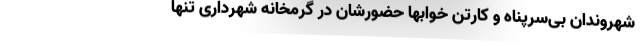
شهروندان بی‌سرپناه و کارتن خوابها حضورشان در گرمخانه شهرداری تنها